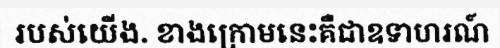
របស់យើង. ខាងក្រោមនេះគឺជាឧទាហរណ៍